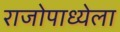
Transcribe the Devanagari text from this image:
राजोपाध्येला